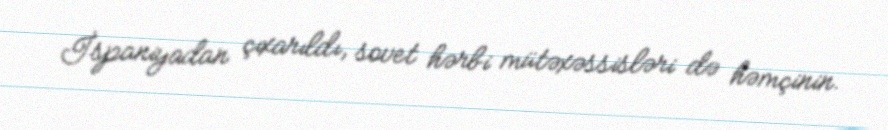
İspaniyadan çıxarıldı, sovet hərbi mütəxəssisləri də həmçinin.